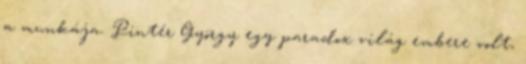
a munkája. Pintér György egy paradox világ embere volt,